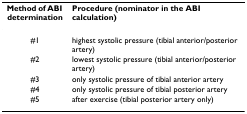
<table><thead><tr><td><b>Method of ABI determination</b></td><td><b>Procedure (nominator in the ABI calculation)</b></td></tr></thead><tbody><tr><td>#1</td><td>highest systolic pressure (tibial anterior/posterior artery)</td></tr><tr><td>#2</td><td>lowest systolic pressure (tibial anterior/posterior artery)</td></tr><tr><td>#3</td><td>only systolic pressure of tibial anterior artery</td></tr><tr><td>#4</td><td>only systolic pressure of tibial posterior artery</td></tr><tr><td>#5</td><td>after exercise (tibial posterior artery only)</td></tr></tbody></table>